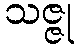
သဇ္ဇု